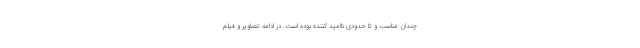
چندان مناسب و تا حدودی ناامید کننده بوده است. در ادامه تصاویر و فیلم